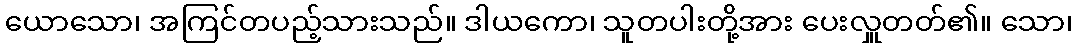
ယောသော၊ အကြင်တပည့်သားသည်။ ဒါယကော၊ သူတပါးတို့အား ပေးလှူတတ်၏။ သော၊